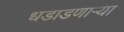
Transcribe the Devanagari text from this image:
धडाडणाऱ्या